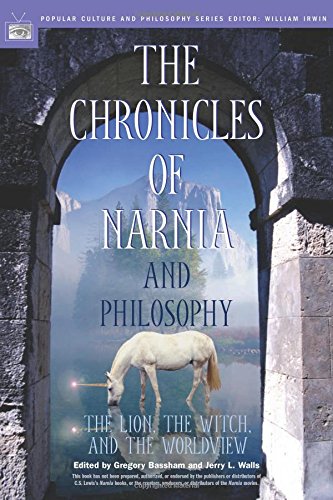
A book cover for The Chronicles of Narnia and Philosophy: The Lion, the Witch, and the Worldview (Popular Culture and Philosophy); Science Fiction & Fantasy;